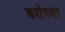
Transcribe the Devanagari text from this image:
बरोच्या